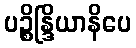
ပဉ္စိန္ဒြိယာနိပေ